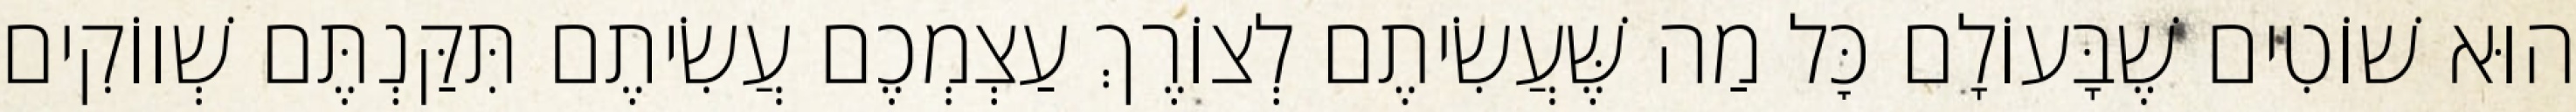
הוּא שׁוֹטִים שֶׁבָּעוֹלָם כׇּל מַה שֶּׁעֲשִׂיתֶם לְצוֹרֶךְ עַצְמְכֶם עֲשִׂיתֶם תִּקַּנְתֶּם שְׁווֹקִים